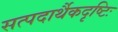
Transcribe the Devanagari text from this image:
सत्पदार्थैकदृष्टिः